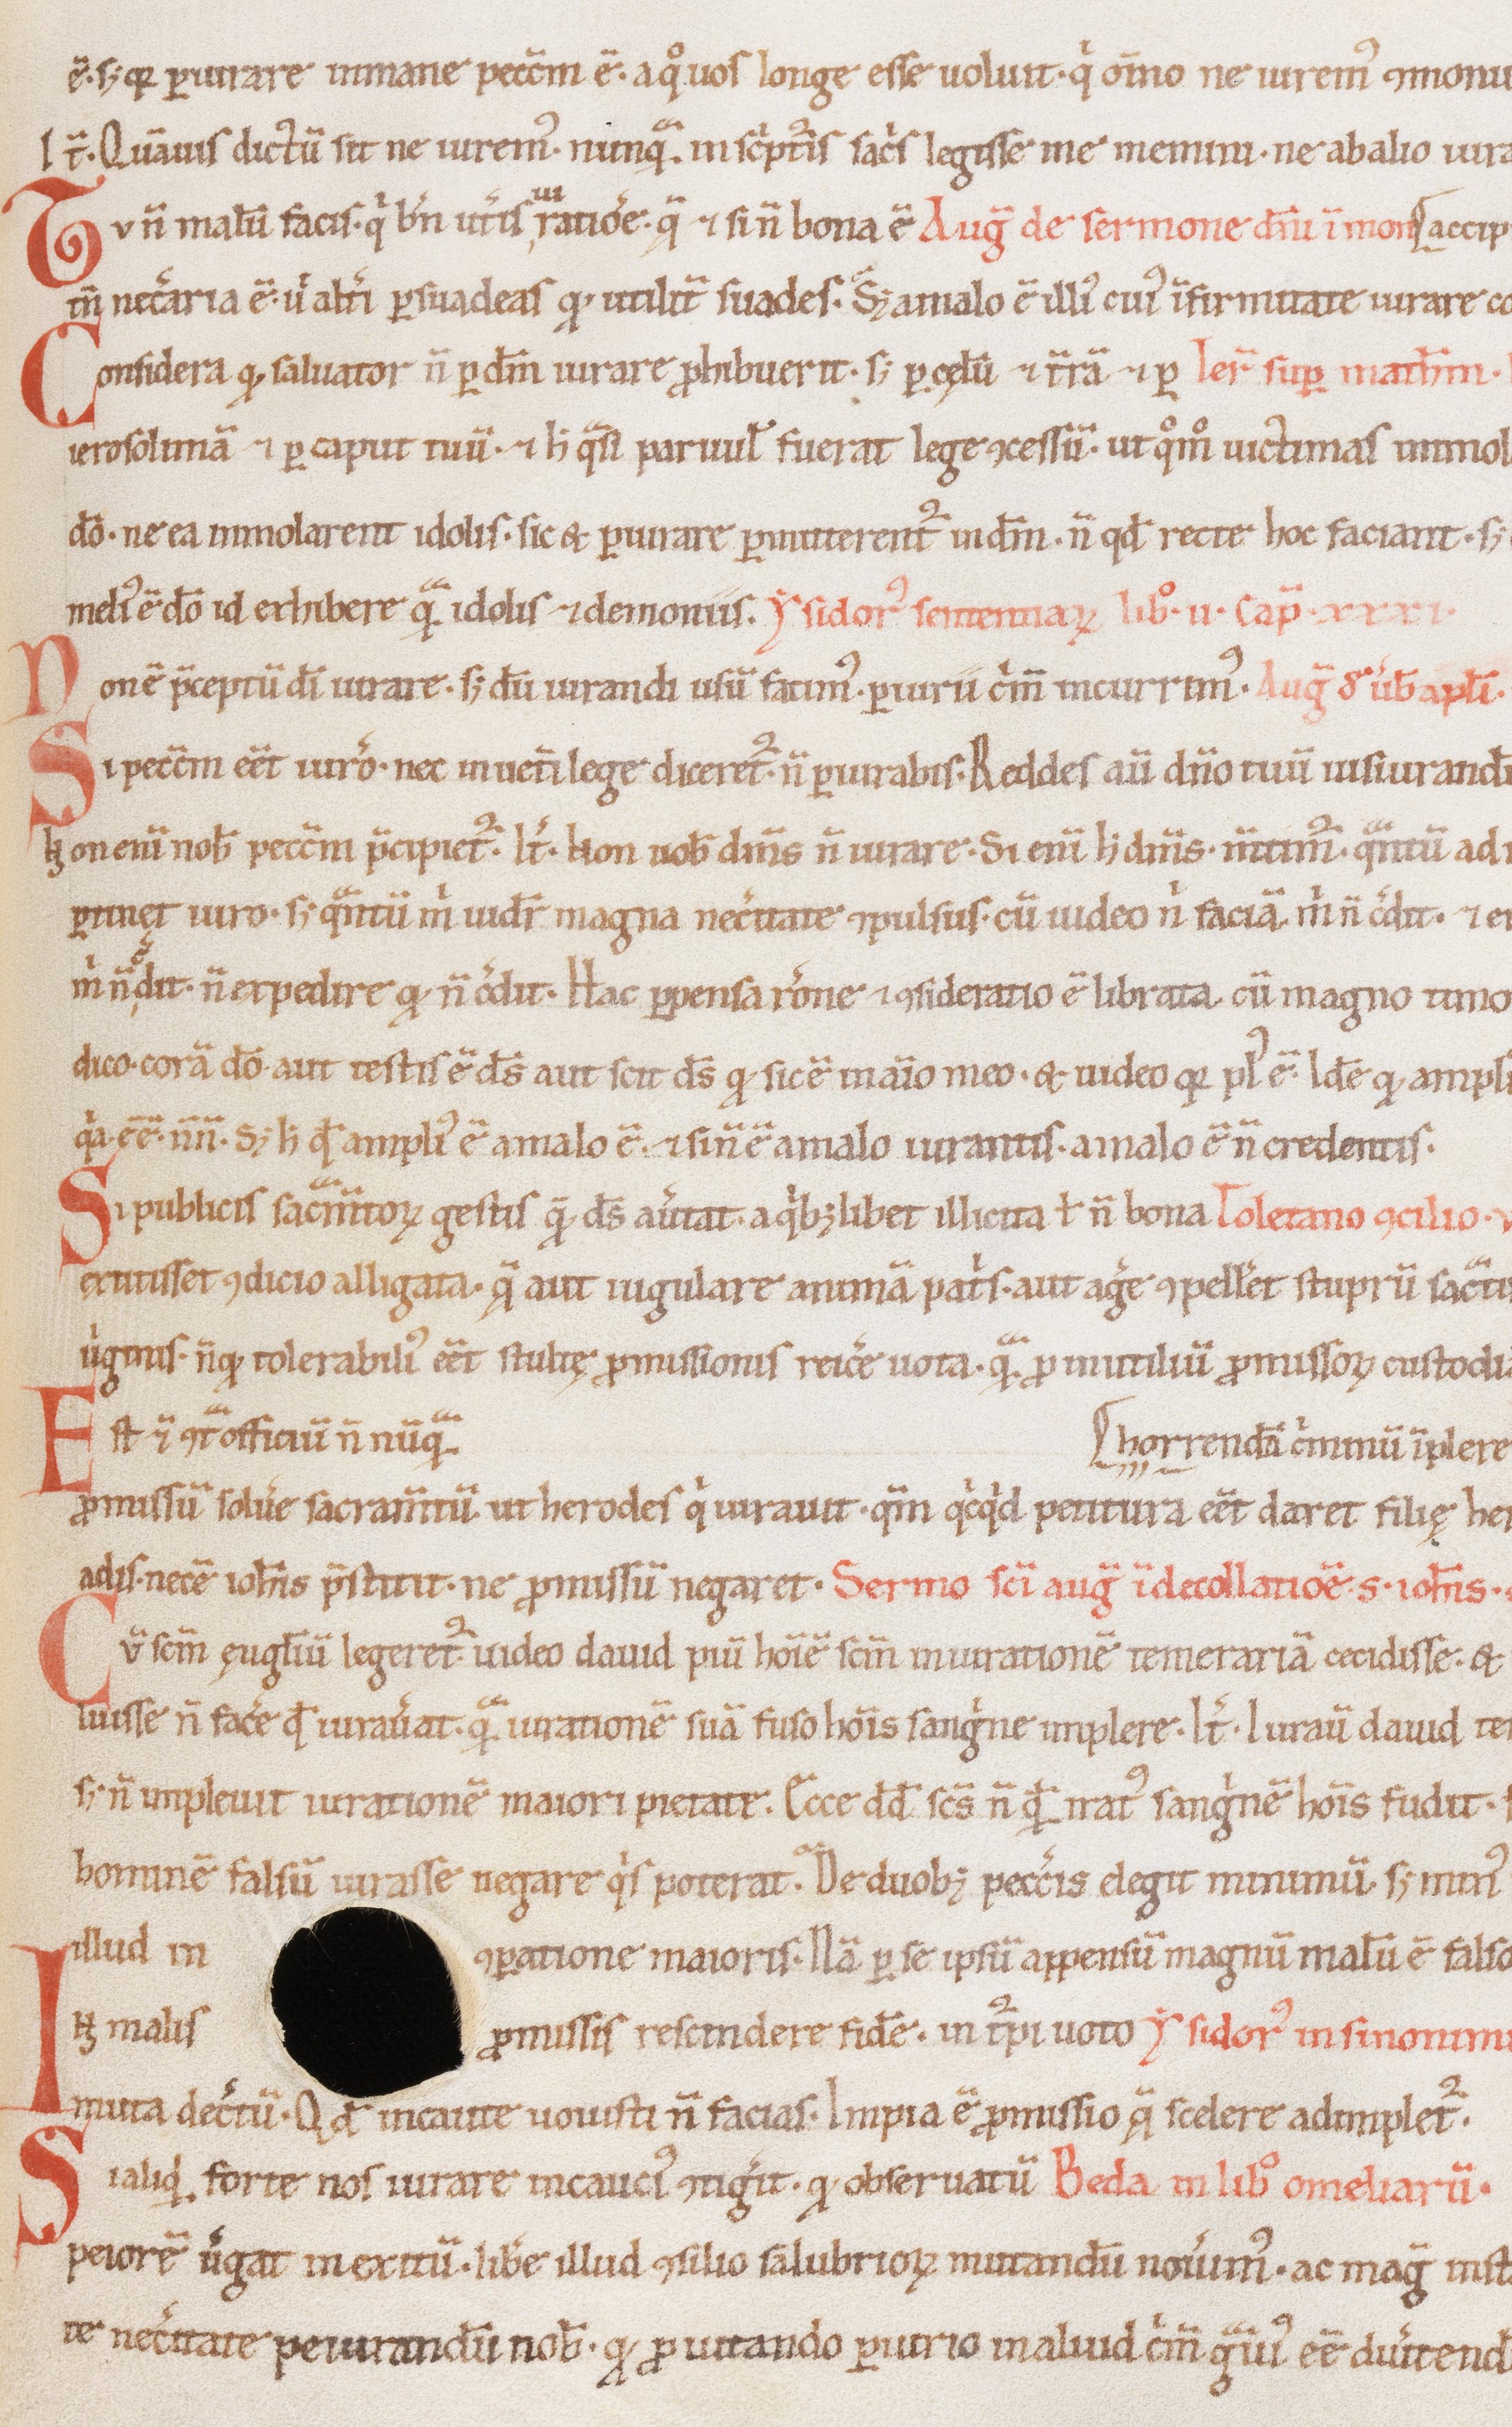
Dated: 1100–1199